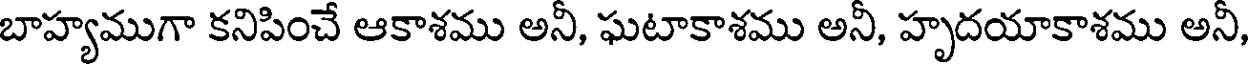
బాహ్యముగా కనిపించే ఆకాశము అనీ, ఘటాకాశము అనీ, హృదయాకాశము అనీ,